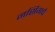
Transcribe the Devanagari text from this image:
नर्सिगचे